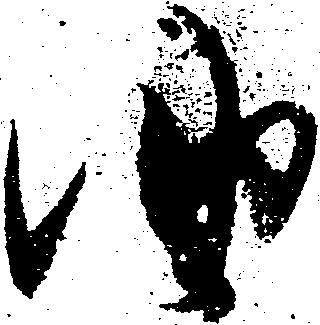
油